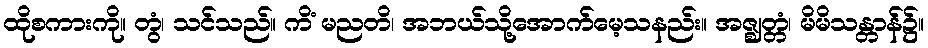
ထိုစကားကို။ တွံ၊ သင်သည်။ ကိံ မညတိ၊ အဘယ်သို့အောက်မေ့သနည်း။ အဇ္ဈတ္တံ၊ မိမိသန္တာန်၌။